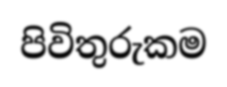
පිවිතුරුකම